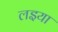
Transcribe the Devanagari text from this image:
लइया